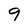
Character: 9